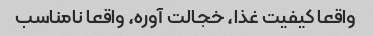
واقعا کیفیت غذا، خجالت آوره، واقعا نامناسب